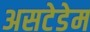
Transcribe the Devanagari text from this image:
असटेडेम